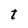
Character: t